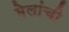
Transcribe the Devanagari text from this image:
मेलांची